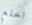
اخلع